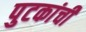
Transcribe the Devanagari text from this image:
पुटकांची